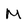
Character: m